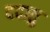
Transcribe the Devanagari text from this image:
ददातु